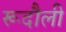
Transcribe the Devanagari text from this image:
रूदौली